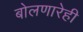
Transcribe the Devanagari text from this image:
बोलणारेही